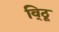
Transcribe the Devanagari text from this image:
वि्ठू